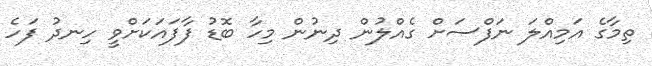
ތިމާގެ އަމިއްލަ ނަފްސަށް ގެއްލުން ދިނުން މިހާ ބޮޑު ފާފައަކަށްވީ ހިނދު ފަހެ